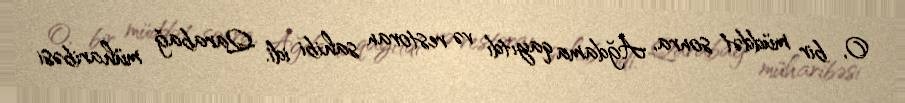
O, bir müddət sonra, Ağdama qayıtdı və restoran sahibi idi. Qarabağ müharibəsi